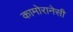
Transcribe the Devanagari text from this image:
कामोरानेसी